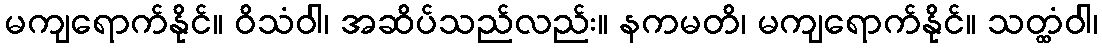
မကျရောက်နိုင်။ ဝိသံဝါ၊ အဆိပ်သည်လည်း။ နကမတိ၊ မကျရောက်နိုင်။ သတ္ထံဝါ၊